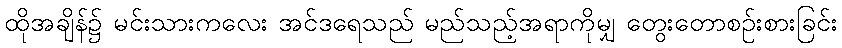
ထိုအချိန်၌ မင်းသားကလေး အင်ဒရေသည် မည်သည့်အရာကိုမျှ တွေးတောစဉ်းစားခြင်း